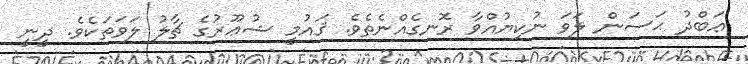
ޢަބްދު ޙަސަން ލަވަ ނުކިޔުއްވާ ރޮނގެއްނެތެވެ. ޤައުމީ ޝުޢޫރުގެ ޗާލު ލަވަތަކެވެ. ދީނީ